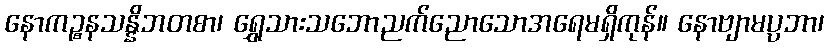
နောကဉ္စနသန္နိဘတစာ၊ ရွှေသားသဘောညက်ညောသောအရေမရှိကုန်။ နောဗျာမပ္ပဘာ၊